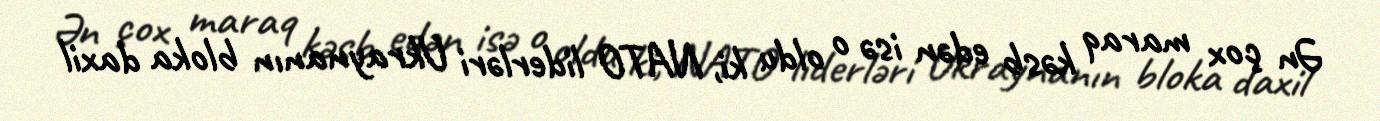
Ən çox maraq kəsb edən isə o oldu ki, NATO liderləri Ukraynanın bloka daxil